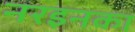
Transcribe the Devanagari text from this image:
नरइनका